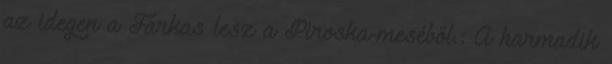
az idegen a Farkas lesz a Piroska-meséből.: A harmadik